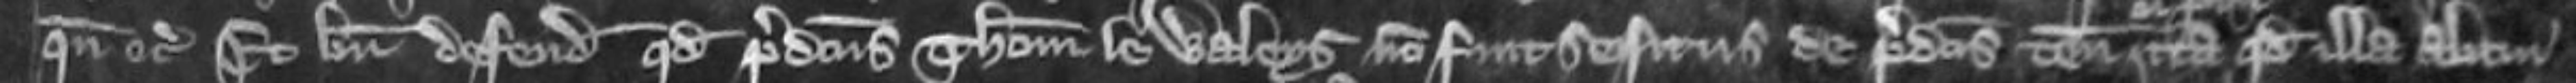
quando etc et bene defendit quod predictus Thomas le Waleys non fuit seisitus de predictis tenementis cum pertinenciis ita quod ilia alicui